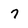
Character: 7